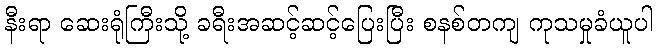
နီးရာ ဆေးရုံကြီးသို့ ခရီးအဆင့်ဆင့်ပြေးပြီး စနစ်တကျ ကုသမှုခံယူပါ